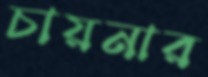
চায়নার